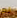
لم